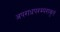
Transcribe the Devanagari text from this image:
अपराधपरम्परावृतं